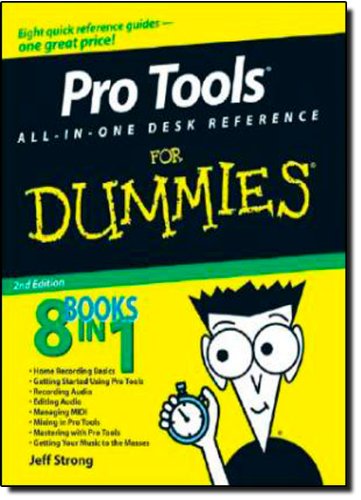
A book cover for Pro Tools All-in-One Desk Reference For Dummies; Jeff Strong; Computers & Technology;